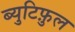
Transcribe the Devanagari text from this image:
ब्युटिफ़ुल